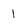
Character: 1